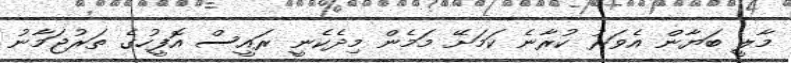
މާލީ ބަޔާން އެވަރު ކުރާނެ ކަމަށޭ މަމެން މިދެކެނީ ރައީސް އޮފީހުގެ ތަރުޖަމާނު